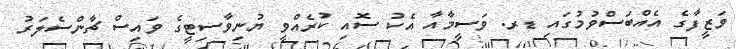
ވަޒީފާގެ އެއްބަސްވުމުގައި ޑރ. ވަސީމާއާ އެކު ސޮއި ކުރެއްވީ ޔުނިވާސިޓީގެ ވައިސް ޗާންސެލަރު